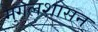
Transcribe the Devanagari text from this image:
मुगलशासन